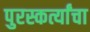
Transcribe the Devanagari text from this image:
पुरस्कर्त्यांचा